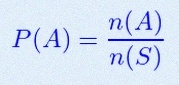
P(A)=\frac{n(A)}{n(S)}